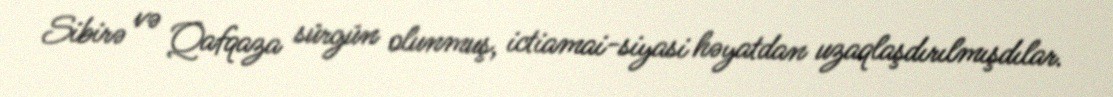
Sibirə və Qafqaza sürgün olunmuş, ictiamai-siyasi həyatdan uzaqlaşdırılmışdılar.